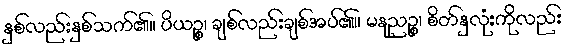
နှစ်လည်းနှစ်သက်၏။ ပိယဉ္စ၊ ချစ်လည်းချစ်အပ်၏။ မနုညဉ္စ၊ စိတ်နှလုံးကိုလည်း